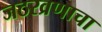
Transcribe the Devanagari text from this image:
जठरव्रणाचा